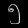
Digit: ၅